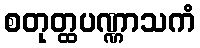
စတုတ္ထပဏ္ဏာသကံ